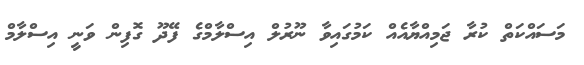
މަސައްކަތް ކުރާ ޖަމިއްޔާއެއް ކަމުގައިވާ ނޫރުލް އިސްލާމްގެ ފޭދޫ ގޮފިން ވަނީ އިސްލާމް